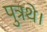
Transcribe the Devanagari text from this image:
पुत्रथे।